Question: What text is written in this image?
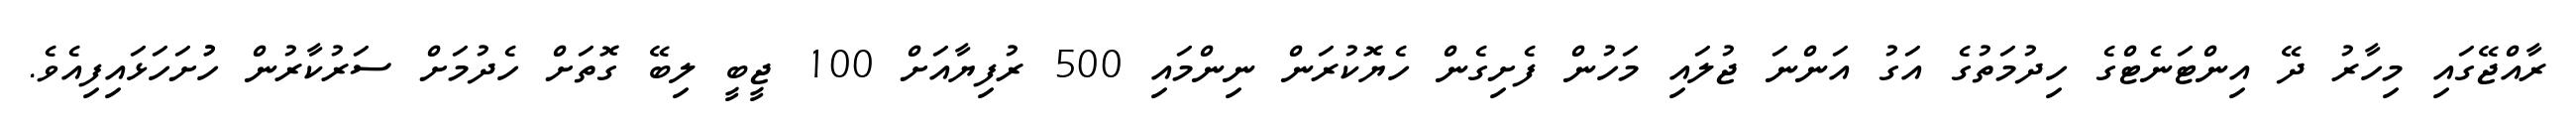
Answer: ރާއްޖޭގައި މިހާރު ދޭ އިންޓަނެޓްގެ ހިދުމަތުގެ އަގު އަންނަ ޖުލައި މަހުން ފެށިގެން ހެޔޮކުރަން ނިންމައި 500 ރުފިޔާއަށް 100 ޖީބީ ލިބޭ ގޮތަށް ހެދުމަށް ސަރުކާރުން ހުުށަހަޅައިފިއެވެ.